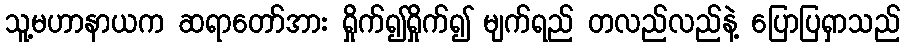
သူ့မဟာနာယက ဆရာတော်အား ရှိုက်၍ရှိုက်၍ မျက်ရည် တလည်လည်နဲ့ ပြောပြရှာသည်